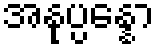
အနုပ္ပန္နော